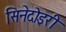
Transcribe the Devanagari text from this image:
सिनेदोइरी